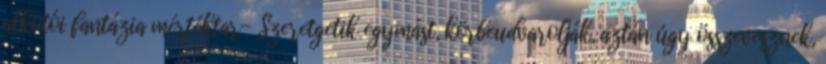
alkotói fantázia mértéktar- Szeretgetik egymást, körbeudvarolják, aztán úgy összevesznek,